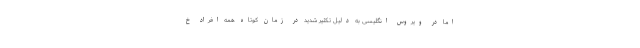
اما در ویروس انگلیسی به دلیل تکثیر شدید در زمان کوتاه همه افراد خ